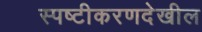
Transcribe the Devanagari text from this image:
स्पष्टीकरणदेखील